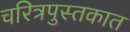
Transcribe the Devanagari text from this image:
चरित्रपुस्तकात